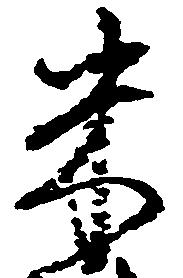
米